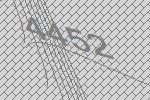
4452